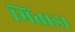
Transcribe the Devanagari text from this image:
भिंताडा